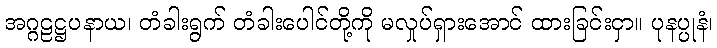
အဂ္ဂဠဋ္ဌပနာယ၊ တံခါးရွက် တံခါးပေါင်တို့ကို မလှုပ်ရှားအောင် ထားခြင်းငှာ။ ပုနပ္ပုနံ၊